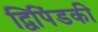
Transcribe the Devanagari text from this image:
द्विपिंडकी